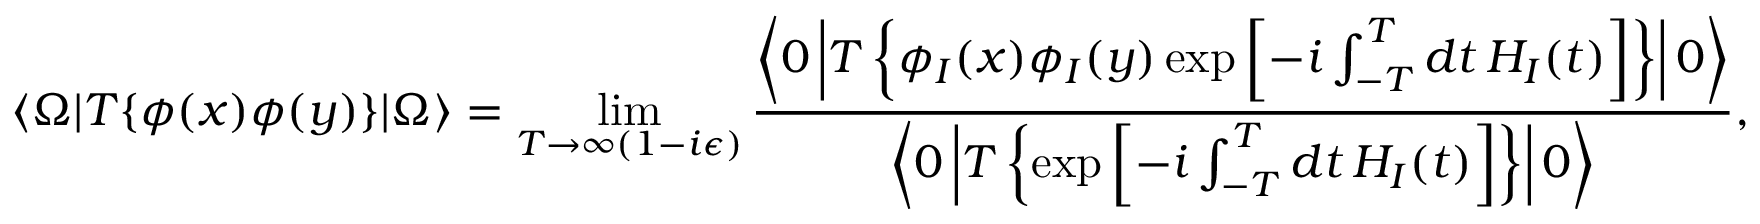
\langle \Omega | T \{ \phi ( x ) \phi ( y ) \} | \Omega \rangle = \operatorname* { l i m } _ { T \to \infty ( 1 - i \epsilon ) } { \frac { \left\langle 0 \left| T \left\{ \phi _ { I } ( x ) \phi _ { I } ( y ) \exp \left[ - i \int _ { - T } ^ { T } d t \, H _ { I } ( t ) \right] \right\} \right| 0 \right\rangle } { \left\langle 0 \left| T \left\{ \exp \left[ - i \int _ { - T } ^ { T } d t \, H _ { I } ( t ) \right] \right\} \right| 0 \right\rangle } } ,